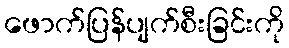
ဖောက်ပြန်ပျက်စီးခြင်းကို